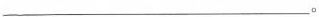
___。